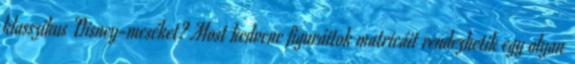
klasszikus Disney-meséket? Most kedvenc figuráitok matricáit rendezhetik egy olyan